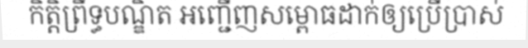
កិត្តិព្រឹទ្ធបណ្ឌិត អញ្ជើញសម្ពោធដាក់ឲ្យប្រើប្រាស់